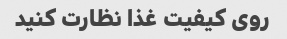
روی کیفیت غذا نظارت کنید